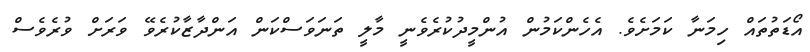
އޯޑަތުތައް ހިމަނާ ކަމަށެވެ. އެހެންކަމުން އުންމީދުކުރެވެނީ މާލީ ތަނަވަސްކަން އަންދާޒާކުރެވޭ ވަރަށް ވުރެވެސް